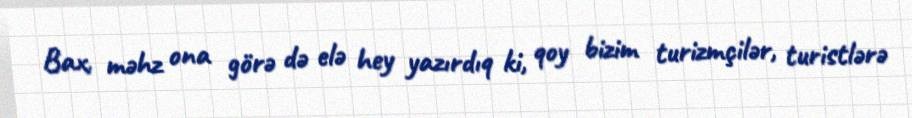
Bax, məhz ona görə də elə hey yazırdıq ki, qoy bizim turizmçilər, turistlərə